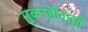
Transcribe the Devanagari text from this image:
मुळरहीवासी